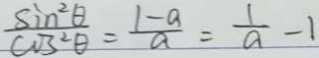
\frac { \sin ^ { 2 } \theta } { \cos ^ { 2 } \theta } = \frac { 1 - a } { a } = \frac { 1 } { a } - 1